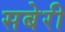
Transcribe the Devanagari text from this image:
सबेरी